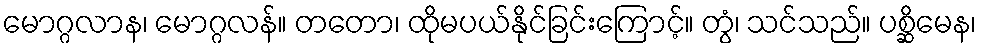
မောဂ္ဂလာန၊ မောဂ္ဂလန်။ တတော၊ ထိုမပယ်နိုင်ခြင်းကြောင့်။ တွံ၊ သင်သည်။ ပစ္ဆိမေန၊